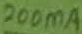
Text: 200mA